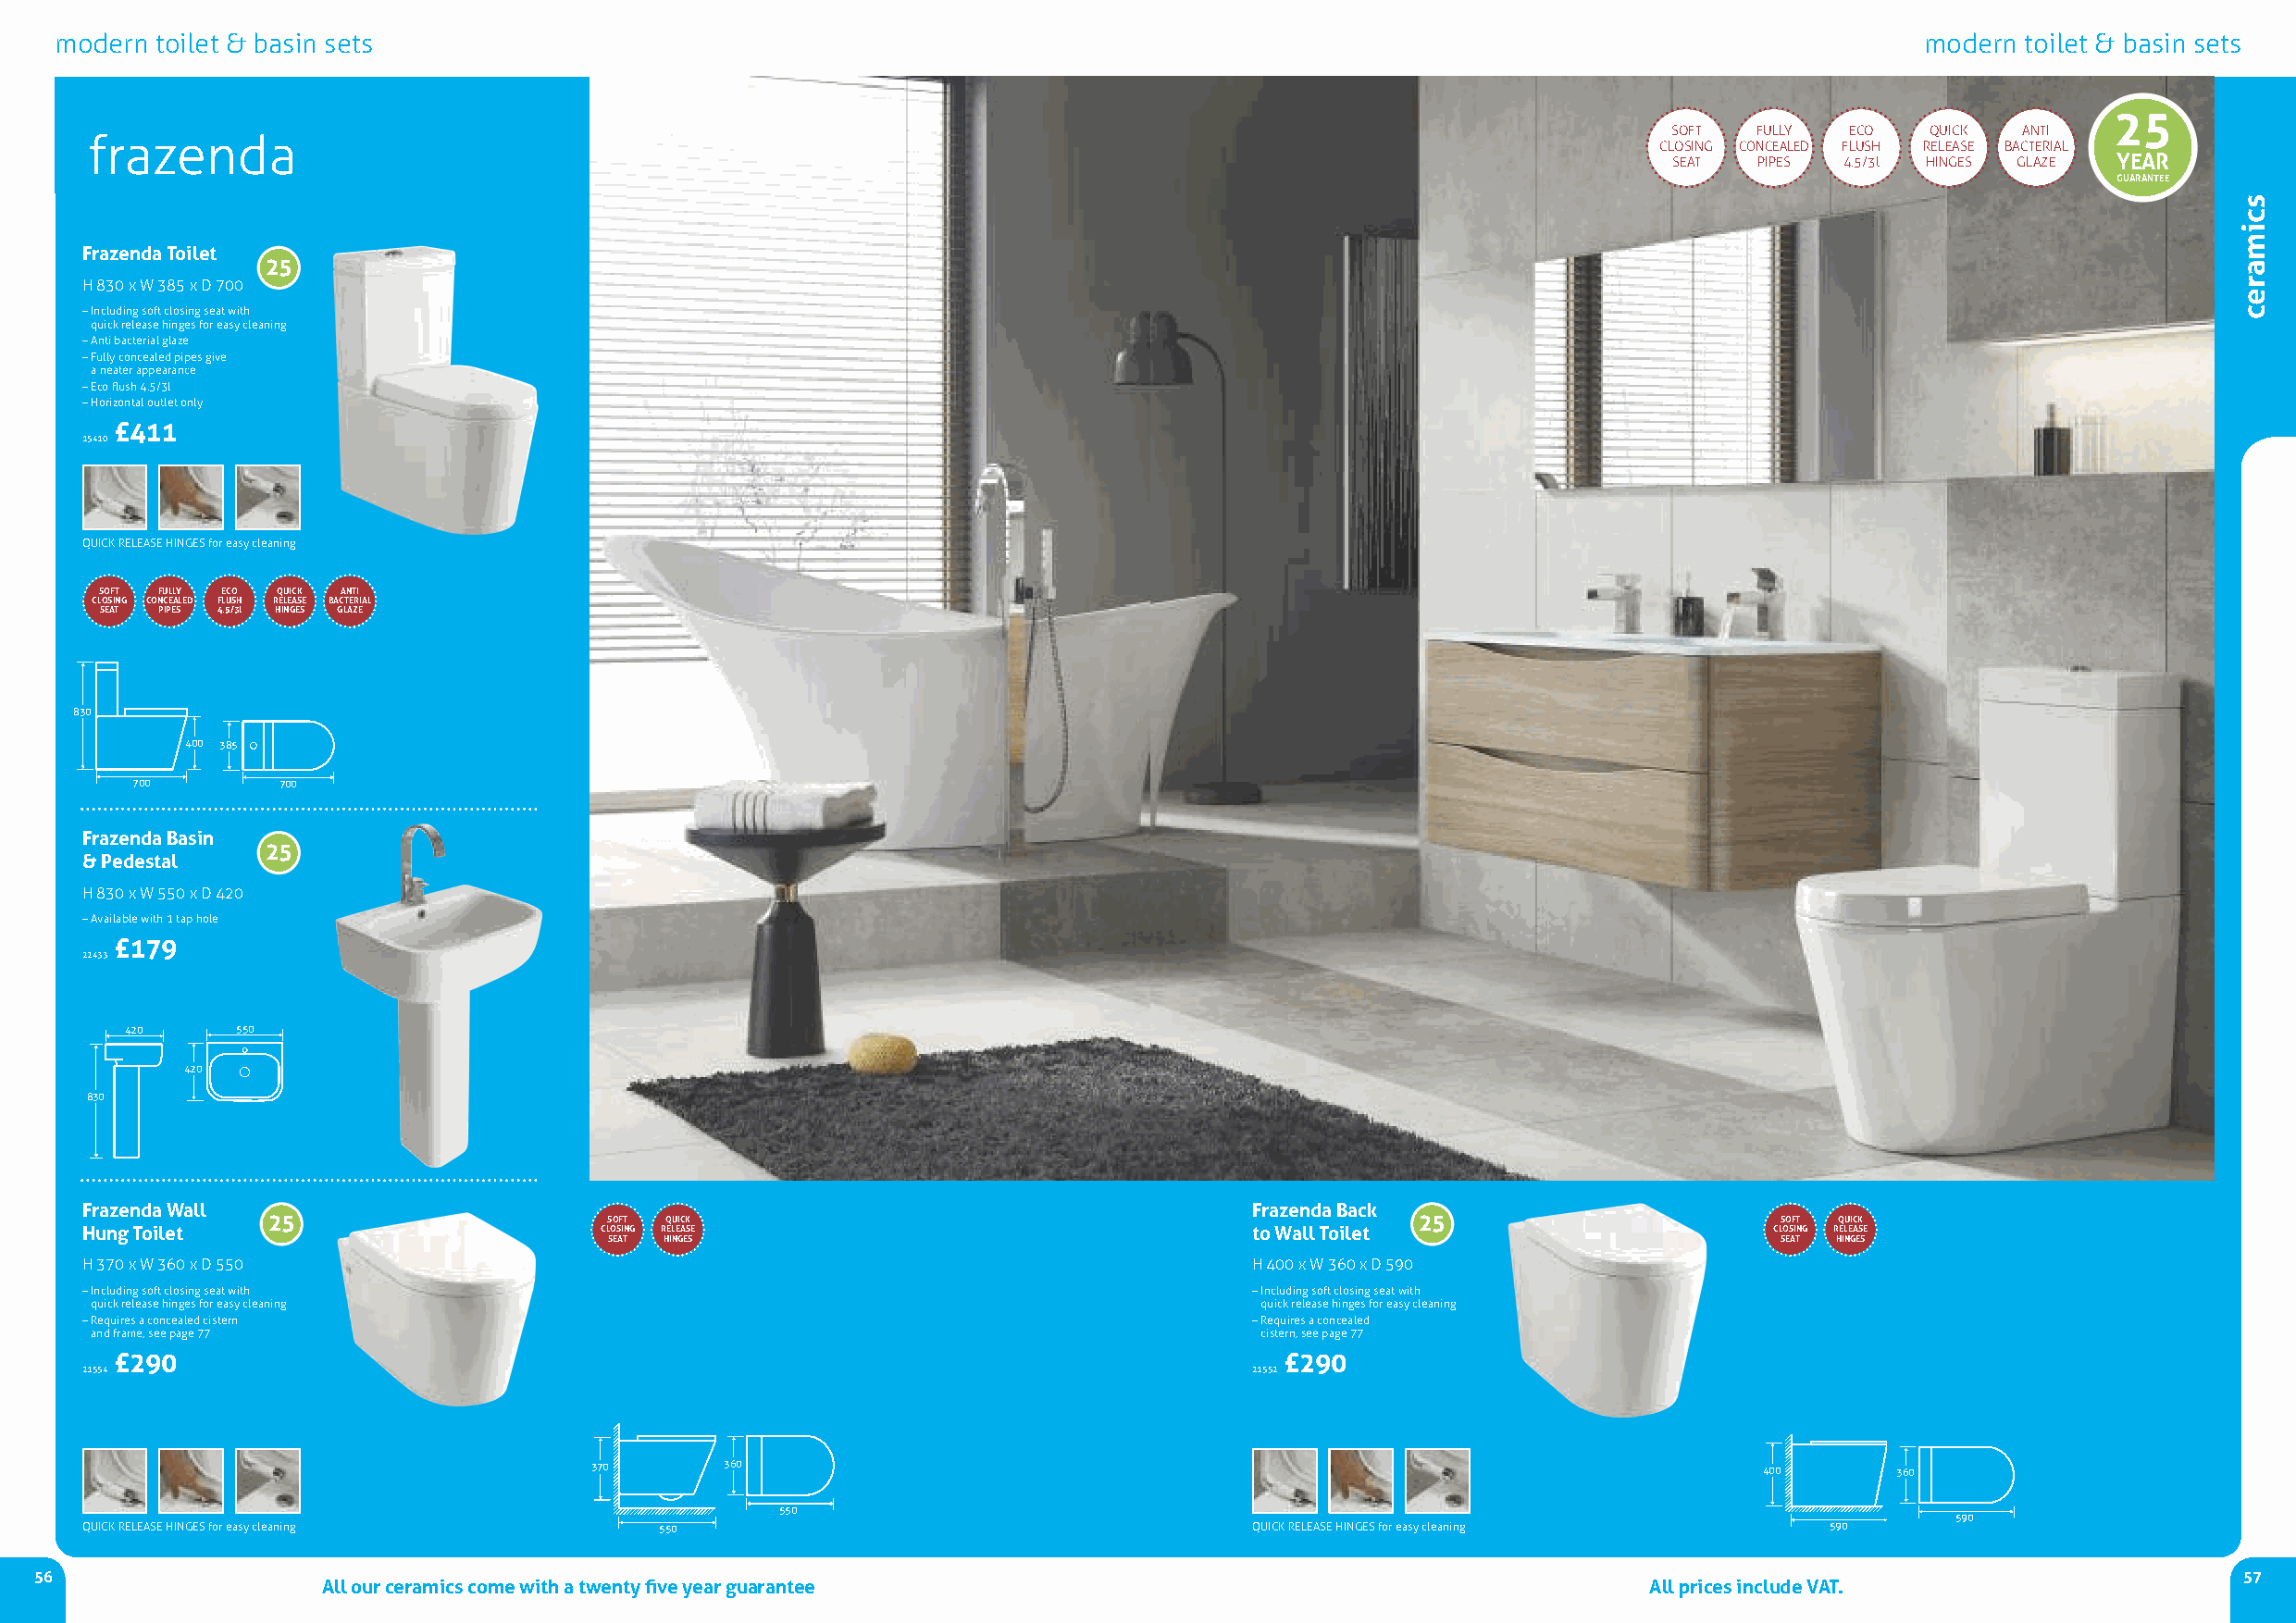
modern toilet & basin sets                                                                                                            modern toilet & basin sets
 25
 SOFT  FUllY ECO   QUICk  AnTI
 frazenda
 ClOSIng COnCEAlED FlUSH rElEASE BACTErIAl
 SEAT  PIPES 4.5/3l HIngES glAZE YEAR
 GUARANTEE
 Frazenda Toilet
 25
 H 830 x W 385 x D 700
 –Including soft closing seat with
 quick release hinges for easy cleaning
 –Anti bacterial glaze
 –Fully concealed pipes give
 aneater appearance
 –Eco flush 4.5/3l
 –Horizontal outlet only
 £411
 15410
 QUICk rElEASE HIngESfor easy cleaning
 SOFT FULLY ECO QUICK ANTI
 CLOSING CONCEALED FLUSH RELEASE BACTERIAL
 SEAT PIPES 4.5/3l HINGES GLAZE
 830
 400 385
 700        700
 Frazenda Basin
 25
 & Pedestal
 H 830 x W 550 x D 420
 –Available with 1 tap hole
 £179
 22433
 420     550
 420
 830
 Frazenda Wall                                                                       Frazenda Back
 25                      SOFT QUICK                                                25                        SOFT QUICK
 Hung Toilet                          CLOSING RELEASE                                to Wall Toilet                       CLOSING RELEASE
 SEAT HINGES                                                                         SEAT HINGES
 H 370 x W 360 x D 550                                                               H 400 x W 360 x D 590
 –Including soft closing seat with                                                   –Including soft closing seat with
 quick release hinges for easy cleaning                                              quick release hinges for easy cleaning
 –requires a concealed cistern                                                       –requires a concealed
 and frame, see page 77                                                              cistern, see page 77
 £290                                                                                £290
 21554                                                                               21552
 370       360                                                                       400       360
 550
 590
 QUICk rElEASE HIngESfor easy cleaning    550                                        QUICk rElEASE HIngESfor easy cleaning    590
 56                                                                                                                                                            57
 All our ceramics come with a twenty five year guarantee                                        All prices include VAT.
 scimarec